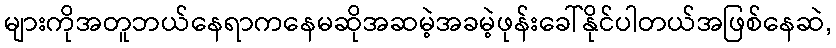
များကိုအတူဘယ်နေရာကနေမဆိုအဆမဲ့အခမဲ့ဖုန်းခေါ်နိုင်ပါတယ်အဖြစ်နေဆဲ,